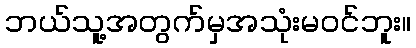
ဘယ်သူ့အတွက်မှအသုံးမဝင်ဘူး။